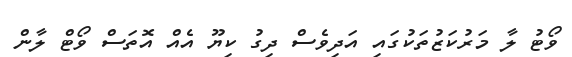
ވޯޓު ލާ މަރުކަޒުތަކުގައި އަދިވެސް ދިގު ކިޔޫ އެއް އޮތަސް ވޯޓް ލާން